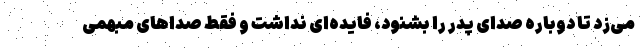
می‌زد تا دوباره صدای پدر را بشنود، فایده‌ای نداشت و فقط صداهای مبهمی